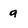
Character: g